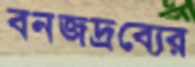
বনজদ্রব্যের